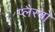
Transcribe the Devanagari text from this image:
प्लैस्बो